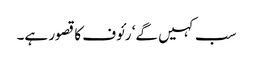
سب کہیں گے‘ رئوف کا قصور ہے۔